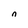
Character: n